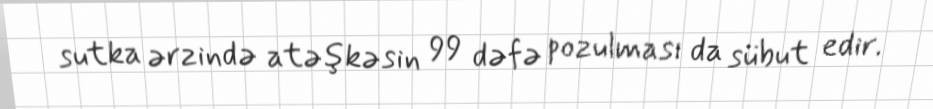
sutka ərzində atəşkəsin 99 dəfə pozulması da sübut edir.